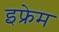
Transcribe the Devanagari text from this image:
इफ्रेम